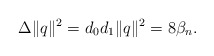
\begin{align*} \Delta \|q\|^2=d_0d_1\|q\|^2=8{\beta }_n. \end{align*}